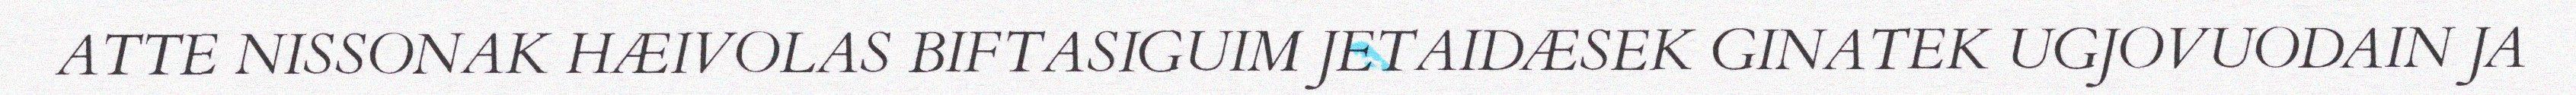
ATTE NISSONAK HÆIVOLAS BIFTASIGUIM JETAIDÆSEK GINATEK UGJOVUODAIN JA